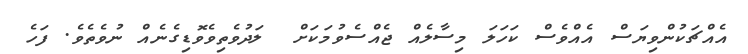
އެއްޗަކުންވިޔަސް އެއްވެސް ކަހަލަ މިސާލެއް ޖެއްސެވުމަކަށް  ލަދުވެތިިވެވޮޑިގެނެއް ނުވެތެވެ. ފަހެ